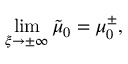
\operatorname* { l i m } _ { \xi \to \pm \infty } \tilde { \mu } _ { 0 } = \mu _ { 0 } ^ { \pm } ,